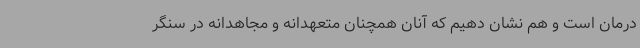
درمان است و هم نشان دهیم که آنان همچنان متعهدانه و مجاهدانه در سنگر